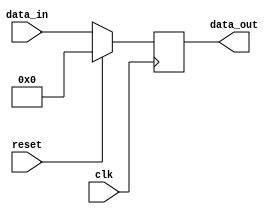
module lcd (
    input clk, // Clock signal
    input reset, // Reset signal
    input [7:0] data_in, // 8-bit input data
    output reg [7:0] data_out // 8-bit output data
);

// Internal registers
reg [7:0] data_reg;

// Synchronous reset
always @(posedge clk) begin
    if (reset) begin
        data_reg <= 8'h000;
    end else begin
        data_reg <= data_in;
    end
end

// Output assignment
assign data_out = data_reg;

endmodule